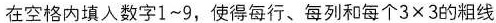
在空格内填入数字1~9，使得每行、每列和每个3×3的粗线